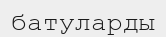
батуларды